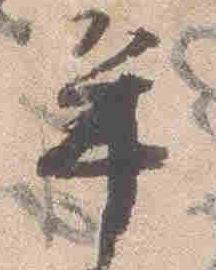
辛